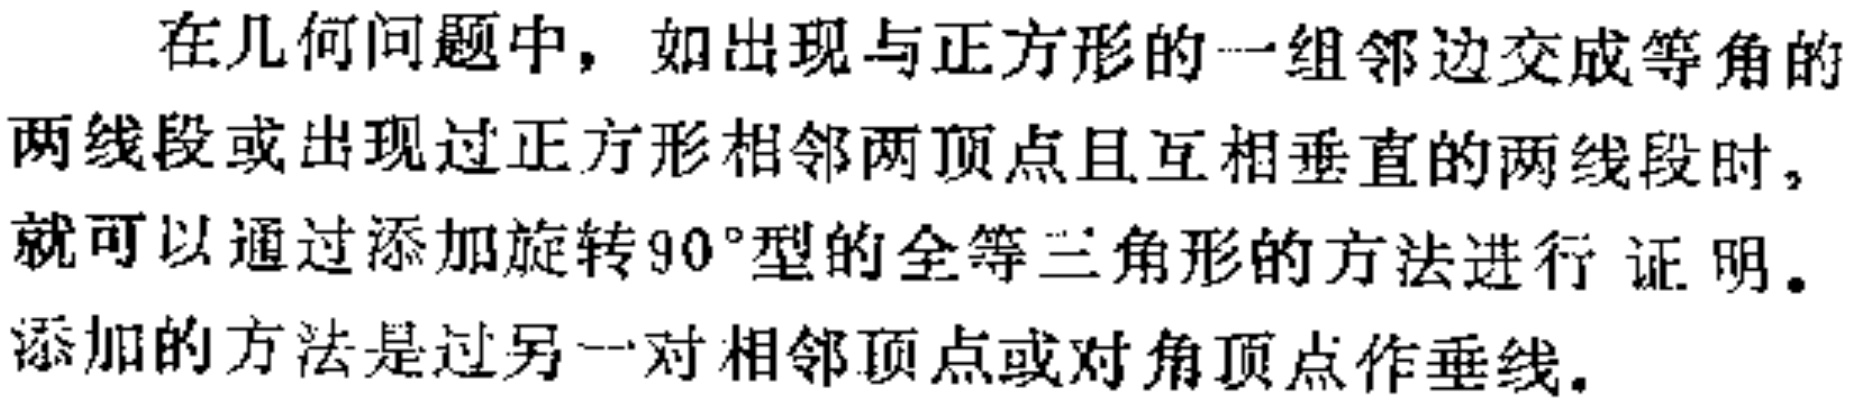
在几何问题中，如出现与正方形的一组邻边交成等角的两线段或出现过正方形相邻两顶点且互相垂直的两线段时，就可以通过添加旋转\(90^{\circ}\)型的全等三角形的方法进行 证明。添加的方法是过另一对相邻顶点或对角顶点作垂线。